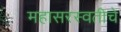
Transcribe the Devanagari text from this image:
महासरस्वतीचे